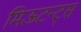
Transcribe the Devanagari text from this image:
मिऊटन्ट्स